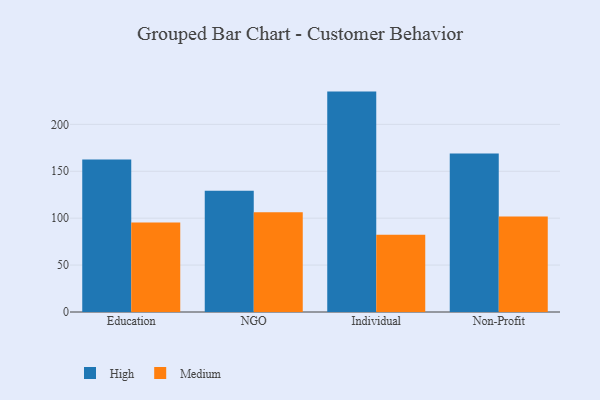
{"axis": {"x": "Segment", "y": "Latency (ms)"}, "legend": ["High", "Medium"], "data": [{"x": "Education", "y": 162.4, "type": "High"}, {"x": "Education", "y": 95.5, "type": "Medium"}, {"x": "NGO", "y": 129.1, "type": "High"}, {"x": "NGO", "y": 106.3, "type": "Medium"}, {"x": "Individual", "y": 234.9, "type": "High"}, {"x": "Individual", "y": 82.2, "type": "Medium"}, {"x": "Non-Profit", "y": 168.8, "type": "High"}, {"x": "Non-Profit", "y": 101.9, "type": "Medium"}]}